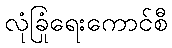
လုံခြုံရေးကောင်စီ